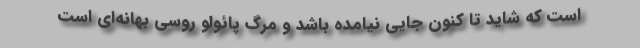
است که شاید تا کنون جایی نیامده باشد و مرگ پائولو روسی بهانه‌ای است